Source: Handwritten
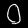
Digit: ၀ (0)